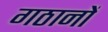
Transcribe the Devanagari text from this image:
गठानों